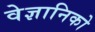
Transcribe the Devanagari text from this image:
वेज्ञानिको